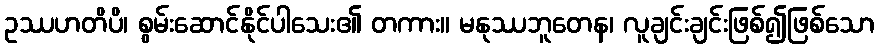
ဥဿဟတိပိ၊ စွမ်းဆောင်နိုင်ပါသေး၏ တကား။ မနုဿဘူတေန၊ လူချင်းချင်းဖြစ်၍ဖြစ်သော